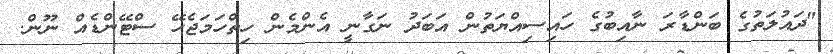
"ދައުލަތުގެ ބަންޑާރަ ނާއިބުގެ ހައިސިއްޔަތުން އަބަދު ނަގާނީ އެންމެން ހިތްހަމަޖެހޭ ސްޓޭންޑެއް ނޫން.